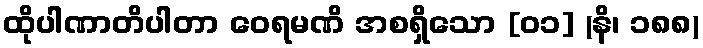
ထိုပါဏာတိပါတာ ဝေရမဏိ အစရှိသော [၀၁] (နိ၊ ၁၈၈)